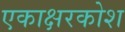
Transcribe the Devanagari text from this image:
एकाक्षरकोश